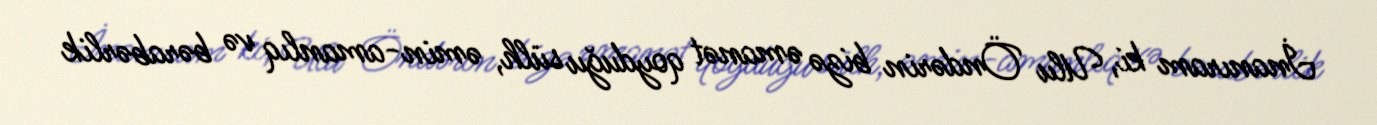
İnanıram ki, Ulu Öndərin bizə əmanət qoyduğu sülh, əmin-amanlıq və bərabərlik